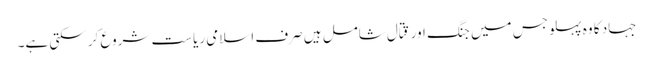
جہاد کا وہ پہلو جس میں جنگ اور قِتال شامل ہیں صرف اسلامی ریاست شروع کر سکتی ہے۔